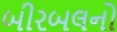
બીરબલનો